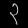
Digit: ၃